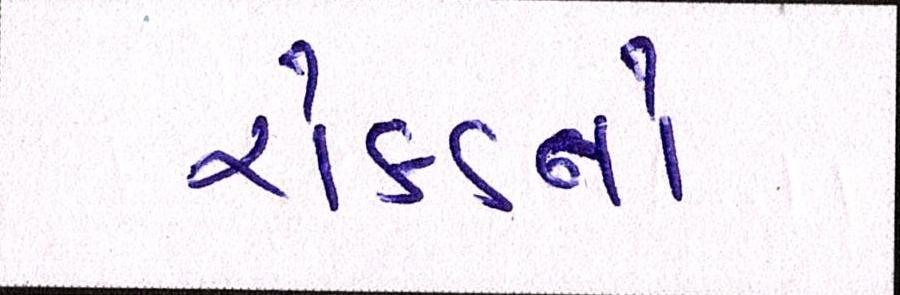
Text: રોકડનો